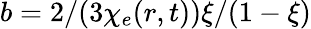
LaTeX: b=2/(3\chi_{e}(r,t))\xi/(1-\xi)